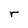
Character: r